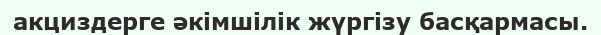
акциздерге әкімшілік жүргізу басқармасы.